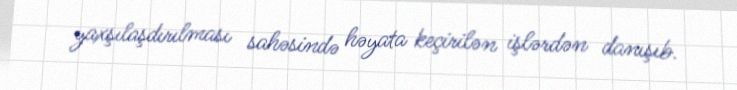
yaxşılaşdırılması sahəsində həyata keçirilən işlərdən danışıb.